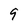
Character: 9